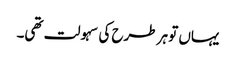
یہاں تو ہر طرح کی سہولت تھی۔